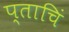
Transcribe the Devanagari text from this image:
प्ताचिं